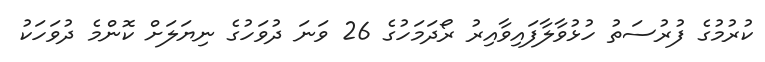
ކުރުމުގެ ފުރުސަތު ހުޅުވާލާފައިވާއިރު ރޯދަމަހުގެ 26 ވަނަ ދުވަހުގެ ނިޔަލަށް ކޮންމެ ދުވަހަކު